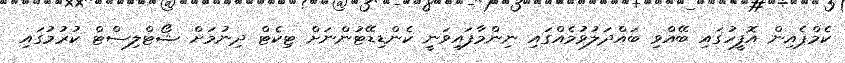
ކެމްޕެއިން އޮފީހުގައި ބޭއްވި ބައްދަލުވުމެއްގައި ނިންމާފައިވަނީ ކެންޑިޑޭޓުންނަށް ޓިކެޓް ދިނުމަށް ޝޯޓްލިސްޓް ކުރުމުގައި